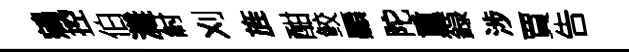
鵷控伯灘紂刈旌酣鲛顯陀重籙涉賈告